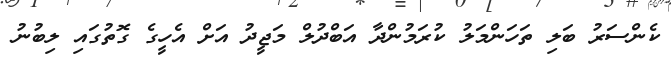
ކެންސަރު ބަލި ތަހަންމަލު ކުރަމުންދާ އަބްދުލް މަޖީދު އަށް އެހީގެ ގޮތުގައި ލިބުނު